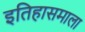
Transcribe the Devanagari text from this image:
इतिहासमाला